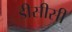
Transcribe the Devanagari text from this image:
डीसीसी